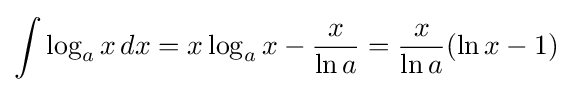
\int \log _{a}x\,dx=x\log _{a}x-{\frac {x}{\ln a}}={\frac {x}{\ln a}}(\ln x-1)